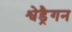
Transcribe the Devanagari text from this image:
श्वेड्रैगन